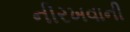
નીરખવાની